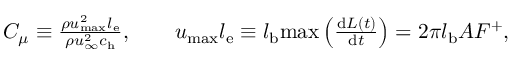
\begin{array} { r } { C _ { \mu } \equiv \frac { \rho u _ { \mathrm { m a x } } ^ { 2 } l _ { \mathrm { e } } } { \rho u _ { \infty } ^ { 2 } c _ { \mathrm { h } } } , \qquad u _ { \mathrm { m a x } } l _ { \mathrm { e } } \equiv l _ { \mathrm { b } } \mathrm { m a x } \left( \frac { \mathrm { d } L ( t ) } { \mathrm { d } t } \right) = 2 \pi l _ { \mathrm { b } } A F ^ { + } , } \end{array}